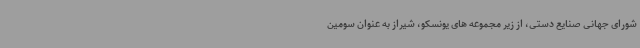
شورای جهانی صنایع دستی، از زیر مجموعه های یونسکو، شیراز به عنوان سومین